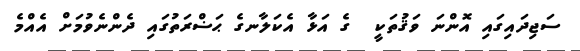
ސަޖިދައިގައި އޮންނަ ވަޤުތަކީ  ގެ އަޅާ އެކަލާނގެ ޙަޟްރަތުގައި ދެންނެވުމަށް އެއްމެ